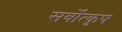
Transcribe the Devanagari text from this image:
सर्वोत्कृष